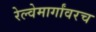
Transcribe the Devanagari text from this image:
रेल्वेमार्गांवरच